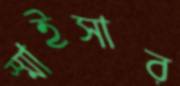
স্মাইসার